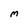
Character: m